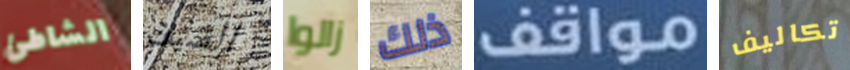
الشاطئ الضيف زالوا ذلك مواقف تكاليف